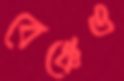
বেঞ্চেও